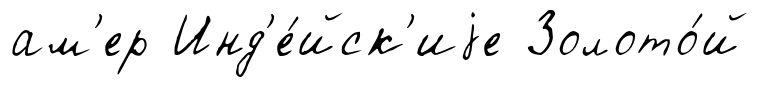
ам'ер Инд'е́йск'иjе Золото́й